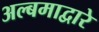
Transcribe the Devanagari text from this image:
अल्बमाद्वारे